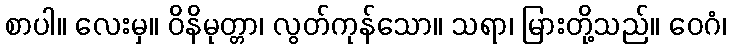
စာပါ။ လေးမှ။ ဝိနိမုတ္တာ၊ လွတ်ကုန်သော။ သရာ၊ မြားတို့သည်။ ဝေဂံ၊